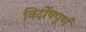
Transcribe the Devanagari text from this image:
निर्दोषपूर्ण